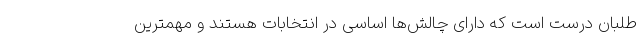
‌طلبان درست است که دارای چالش‌ها اساسی در انتخابات هستند و مهمترین